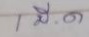
1 มี.ค.